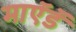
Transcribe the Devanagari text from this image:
माऍडॅ